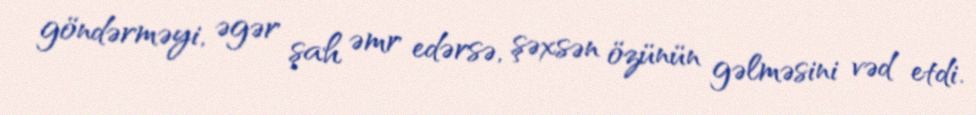
göndərməyi, əgər şah əmr edərsə, şəxsən özünün gəlməsini vəd etdi.